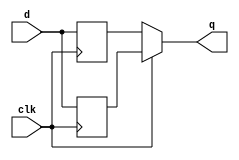
module top_module (
    input clk,
    input d,
    output q
);
    
    reg [1:0] status;
    // capture at pos edge
    always @(posedge clk) begin
        status[0] <= d;
    end
    // capture at neg edge
    always @(negedge clk) begin
        status[1] <= d; 
    end
    
    // when clk = 1 show neg edge status and vice versa
    assign q = (clk) ? status[0] : status[1];

endmodule